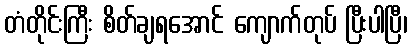
တံတိုင်းကြီး စိတ်ချရအောင် ကျောက်တုပ် ပြီးပါပြီ၊